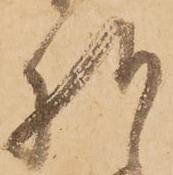
様